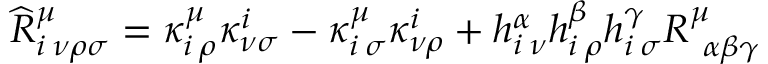
\widehat { R } _ { i \: \nu \rho \sigma } ^ { \mu } = \kappa _ { i \: \rho } ^ { \mu } \kappa _ { \nu \sigma } ^ { i } - \kappa _ { i \: \sigma } ^ { \mu } \kappa _ { \nu \rho } ^ { i } + h _ { i \: \nu } ^ { \alpha } h _ { i \: \rho } ^ { \beta } h _ { i \: \sigma } ^ { \gamma } R _ { \: \: \alpha \beta \gamma } ^ { \mu }